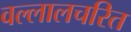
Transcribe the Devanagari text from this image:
वल्लालचरित